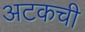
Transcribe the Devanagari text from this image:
अटकची